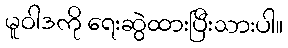
မူဝါဒကို ရေးဆွဲထားပြီးသားပါ။